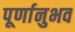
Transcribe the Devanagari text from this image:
पूर्णानुभव